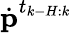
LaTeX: \dot{\textbf{p}}^{t_{k-H:k}}